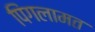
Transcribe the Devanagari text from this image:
पिंगलामत